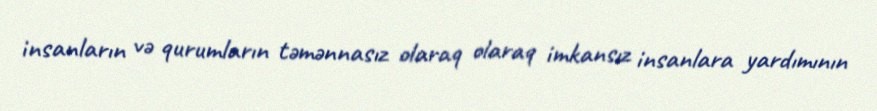
insanların və qurumların təmənnasız olaraq olaraq imkansız insanlara yardımının